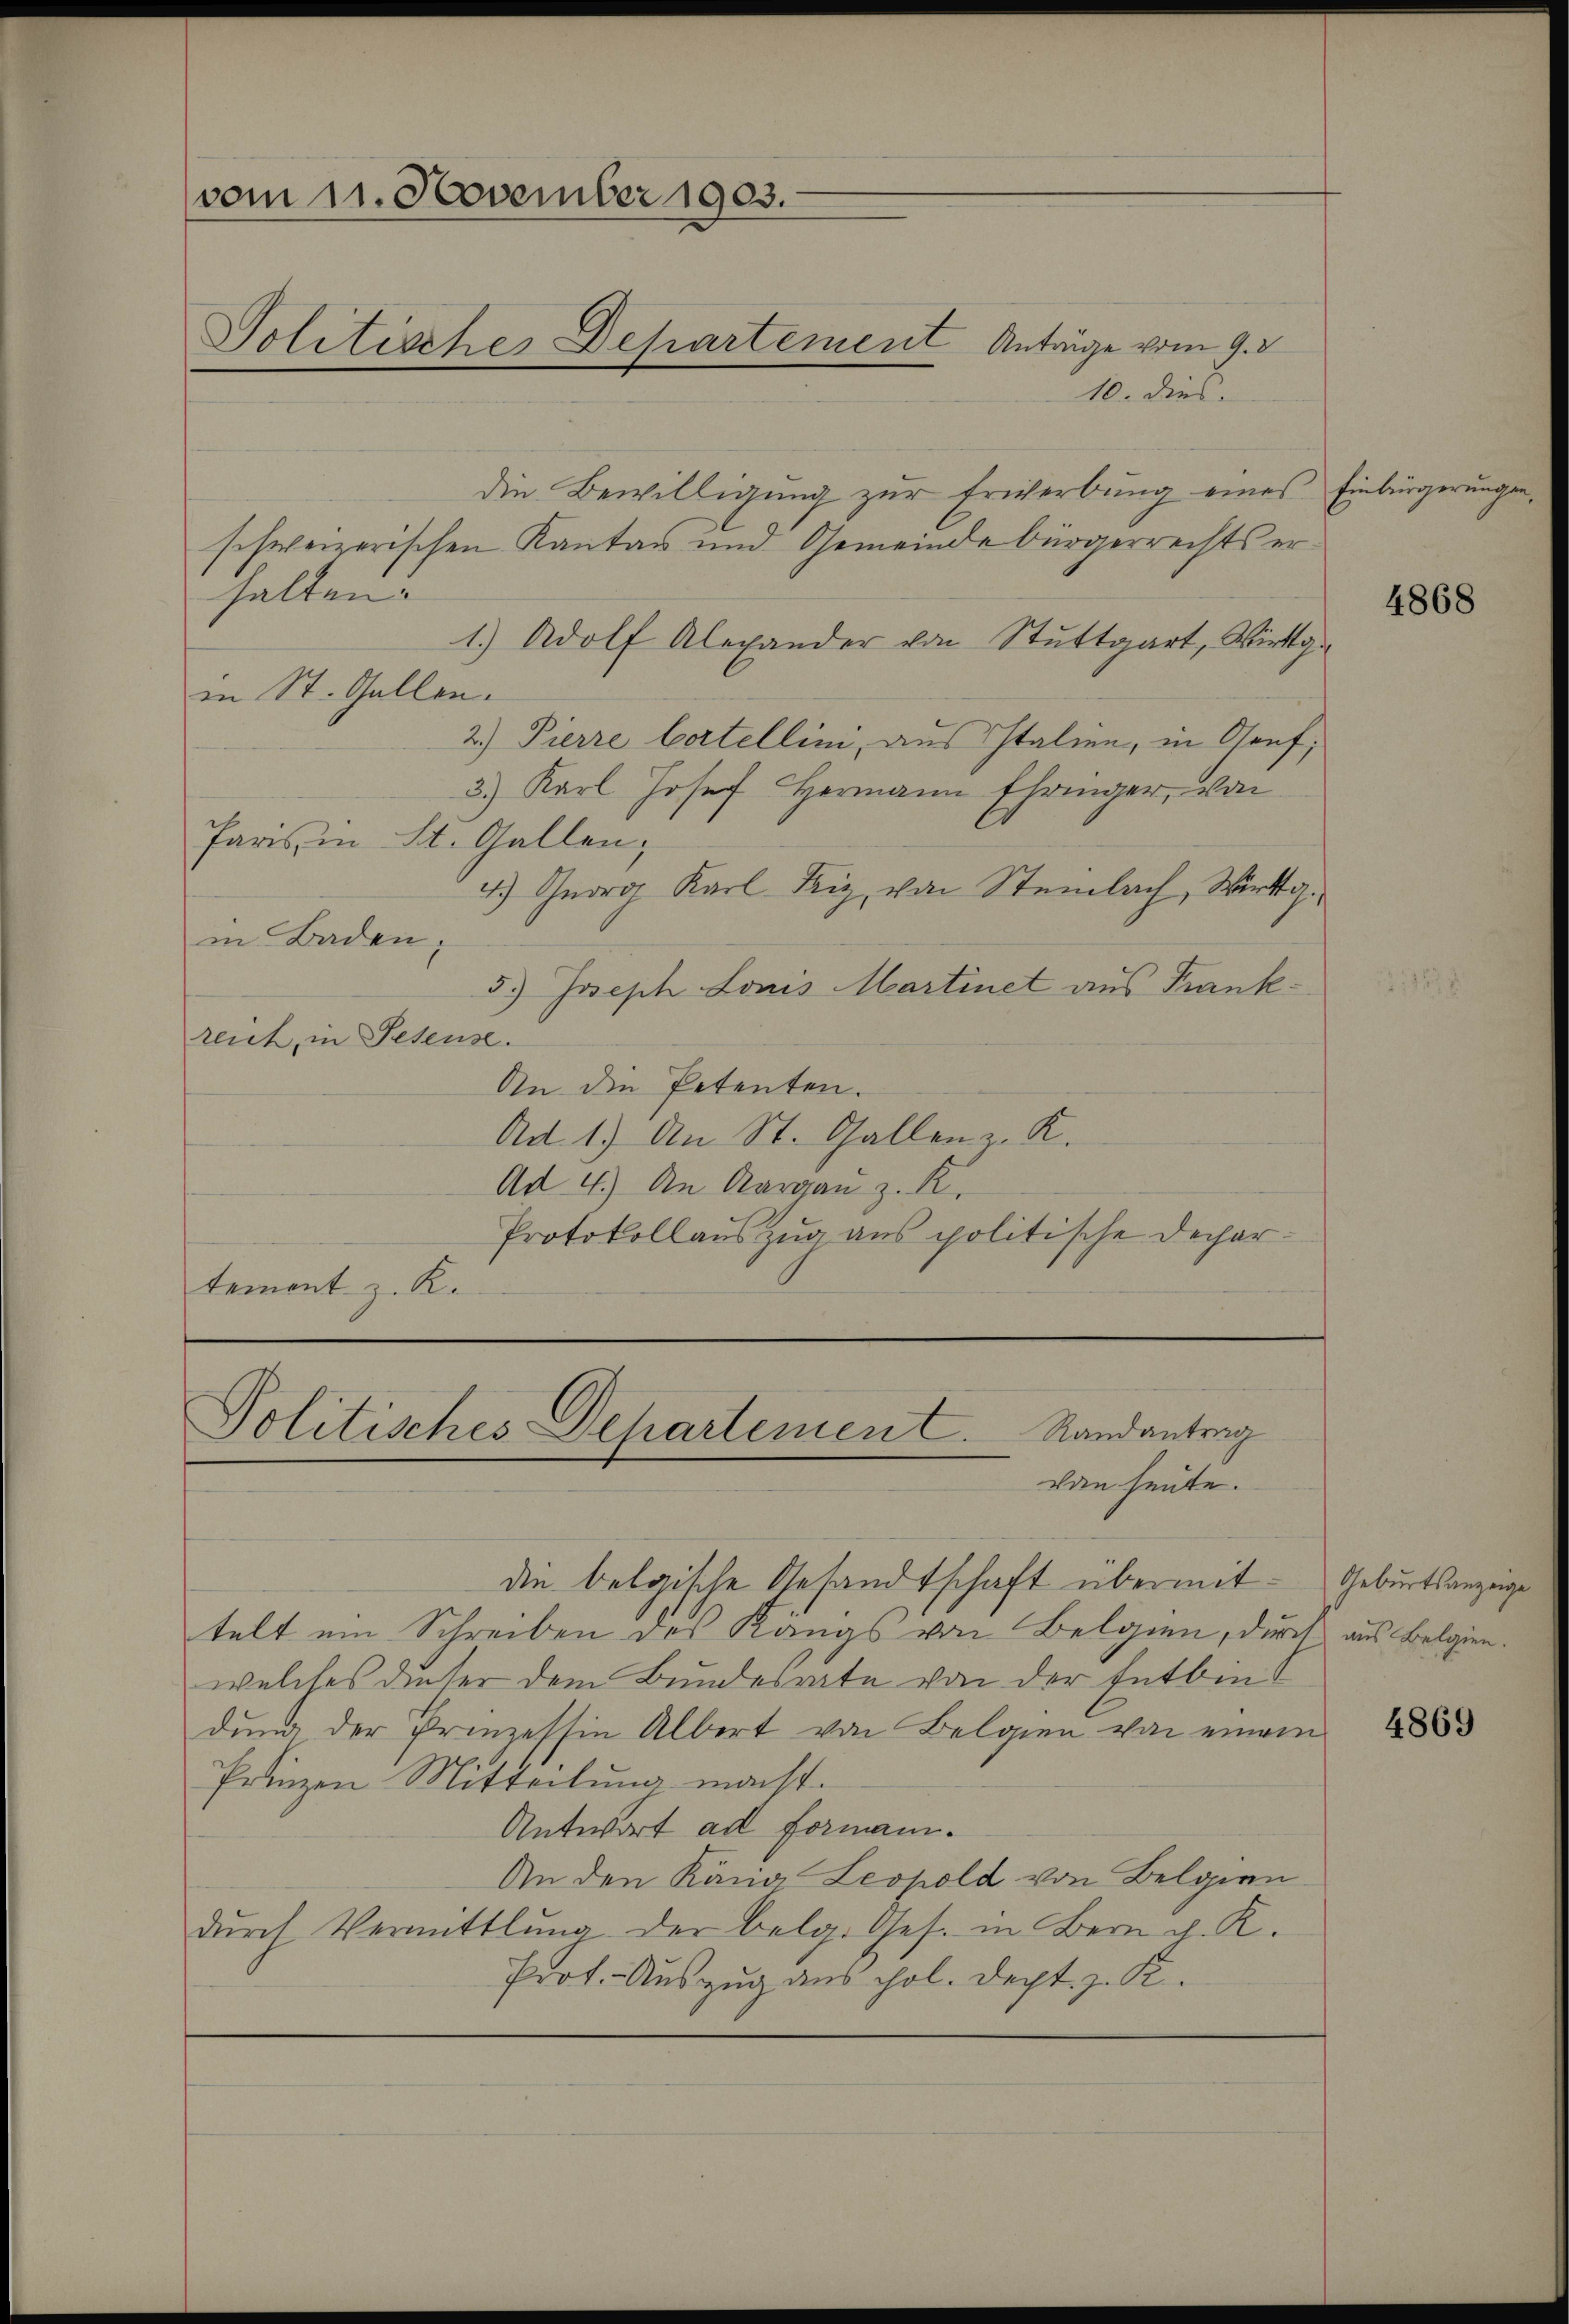
vom 11. November 1903.
Politische Departement Anträge vom 9. d

10. dies.
die Bewilligung zur Erwerbung eines Einbürgerungen
schweizerischen Kanton und Gemeindebürgerrechts erhalten.
1.) Adolf Alexander von Stuttgart, Wirkgin St. Gallen.
2.) Pierre bestellini, aus Italien, in Genf,
3.) Karl Josef Hermann Ehringer, von
Paris in St. Gallen,
4.) Georg Karl Friz, von Steinbach, Wirttg.
in Baden,
5.) Joseph Lonis Martinet aus Frankreich, in Seseuse.
An die Petenten.
Ad 1) An St. Gallen z. K.
Ad 4.) An Aargau z. K.
Protokollauszug aus politische Departement z. K.

Politisches Departement. Randantrag
dan heute.

die belgische Gesandtschaft übermittelt um Schreiben des Kängs von Belgien, durch aus Belgien.
welches dieser dem Bundesrate von der Entbindung der Prinzessin Albert von Belgien von einem
Prinzen Mitteilung macht.
Antwort ad formani.
An den Kana Leopold von Belgien
dŭrch Vermittlung der belg. Ges. in Bern J. K.
Prot. - Auszug aus hol. Dept. z. K.

4868

Geburtsanzeige

4869